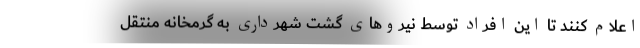
اعلام کنند تا این افراد توسط نیروهای گشت شهرداری به گرمخانه منتقل